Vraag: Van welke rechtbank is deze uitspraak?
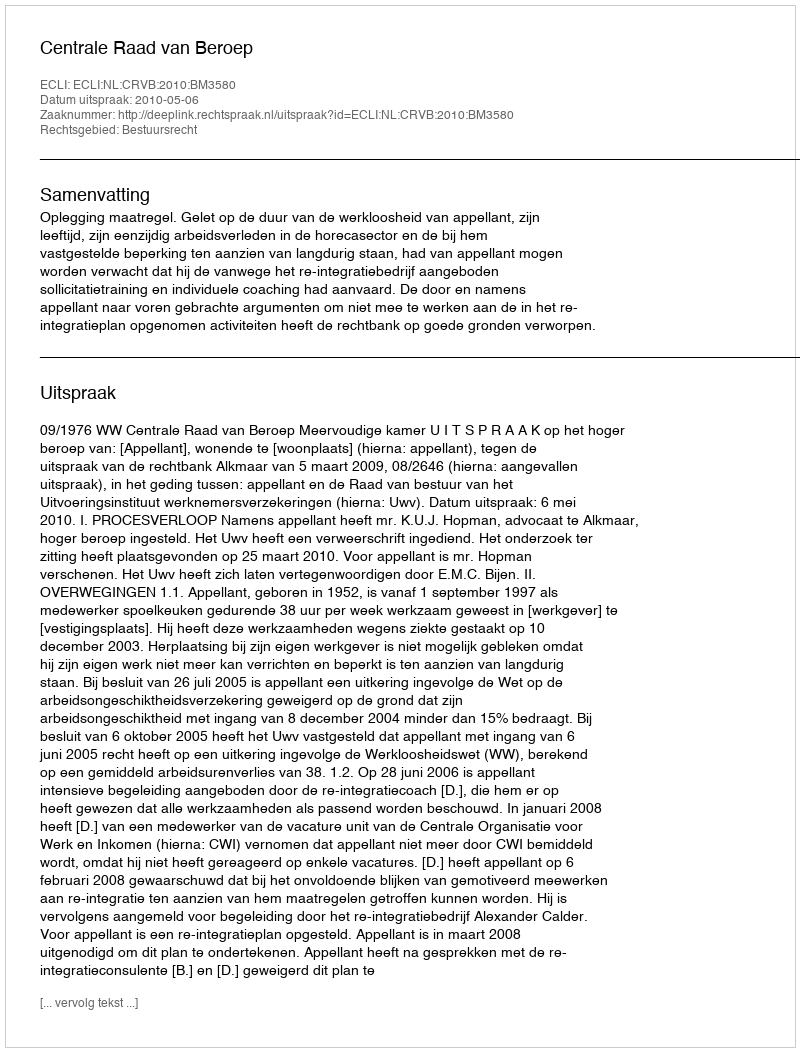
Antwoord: Centrale Raad van Beroep